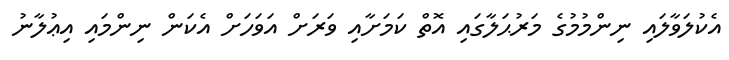
އެކުލަވާލައި ނިންމުމުގެ މަރުޙަލާގައި އޮތް ކަމަށާއި ވަރަށް އަވަހަށް އެކަން ނިންމައި އިޢުލާނު